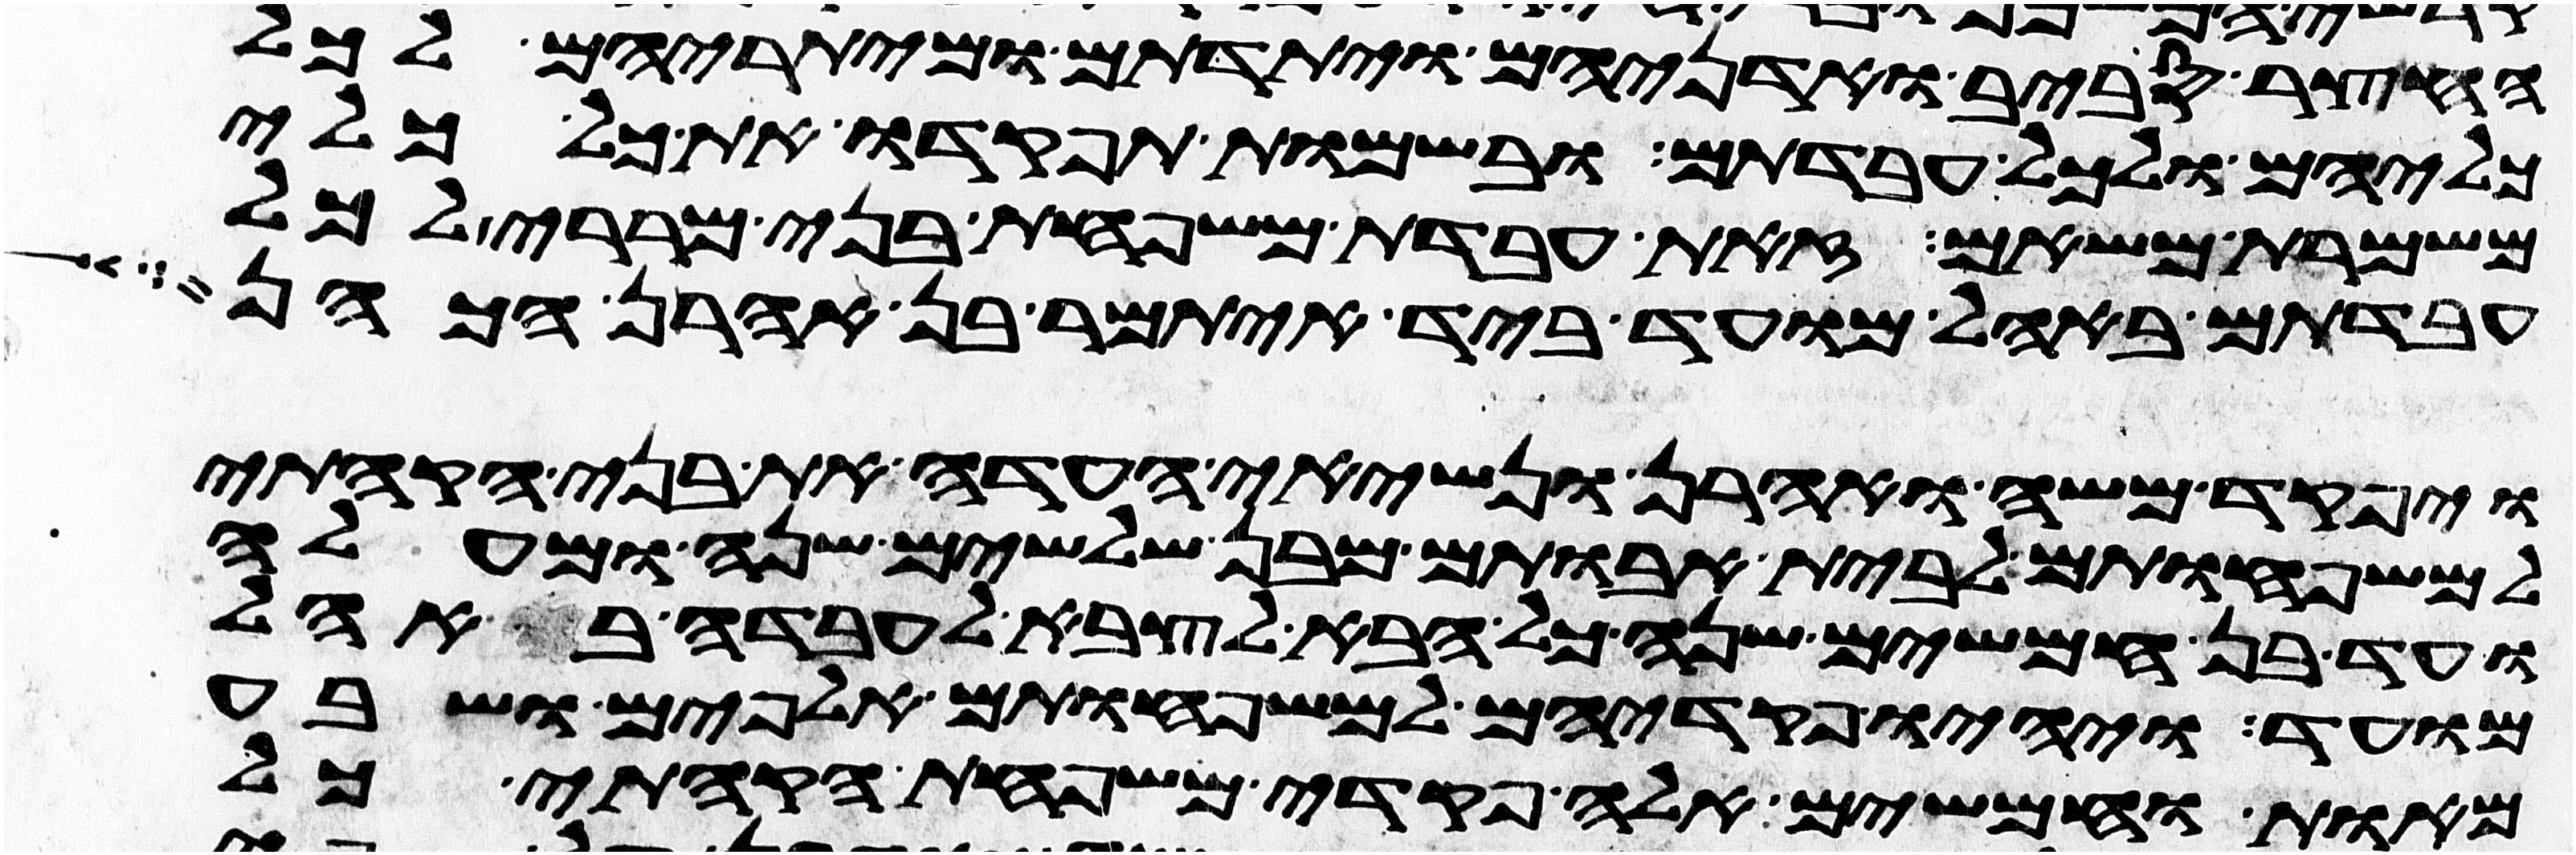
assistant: החצר סביב ואדניהם ויתדתם ומיתריהם לכל
כליהם ולכל עבדתם ובשמות תפקדו את כל כלי
משמרת משאם זאת עבדת משפחת בני מררי לכל
עבדתם באהל מועד ביד איתמר בן אהרן הכהן
ויפקד משה ואהרן ונשיאי העדה את בני הקהתי
למשפחותם לבית אבותם מבן שלשים שנה ומעלה
ועד בן חמשים שנה כל הבא לצבא לעבדה באהל
מועד ויהיו פקדיהם למשפחותם אלפים ושבע
מאות וחמשים אלה פקדי משפחת הקהתי כל